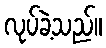
လုပ်ခဲ့သည်။